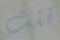
قلت